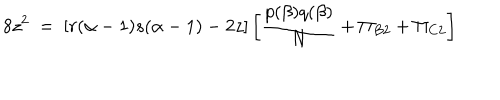
LaTeX: 8 z ^ { 2 } ~ = ~ [ r ( \alpha - 1 ) s ( \alpha - 1 ) - 2 z ] \left[ \frac { p ( \beta ) q ( \beta ) } { N } + \Pi _ { B 2 } + \Pi _ { C 2 } \right]